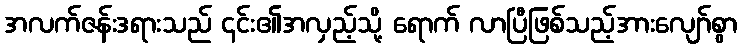
အလက်ဇန်းဒရားသည် ၎င်း၏အလှည့်သို့ ရောက် လာပြီဖြစ်သည့်အားလျော်စွာ